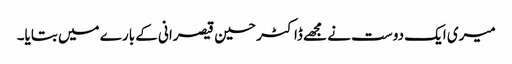
میری ایک دوست نے مجھے ڈاکٹر حسین قیصرانی کے بارے میں بتایا۔